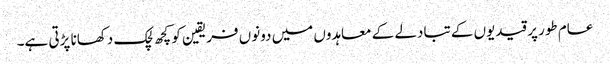
عام طور پر قیدیوں کے تبادلے کے معاہدوں میں دونوں فریقین کو کچھ لچک دکھانا پڑتی ہے۔